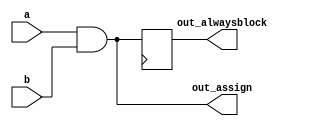
module top_module(
    input a, 
    input b,
    output wire out_assign,
    output reg out_alwaysblock
);

    always @(posedge clk) begin
        out_alwaysblock <= a & b;
    end

    assign out_assign = a & b;

endmodule